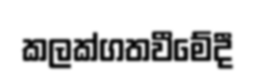
කලක්ගතවීමේදී